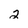
Character: 2